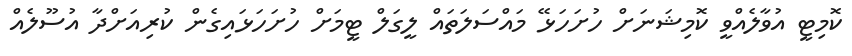
ކޮމިޓީ އުވާލެއްވީ ކޮމިޝަނަށް ހުށަހަޅޭ މައްސަލަތައް ލީގަލް ޓީމަށް ހުށަހަޅައިގެން ކުރިއަށްދާ އުސޫލެއް